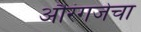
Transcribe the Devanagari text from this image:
औरंगजेचा